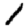
Digit: 1